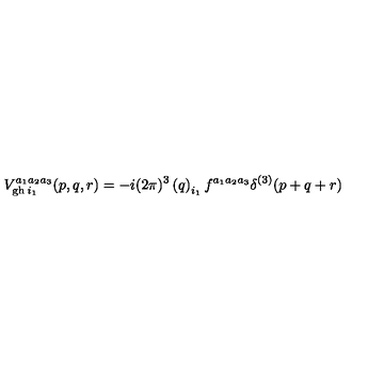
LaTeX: V _ { \mathrm { g h \thinspace } i _ { 1 } } ^ { a _ { 1 } a _ { 2 } a _ { 3 } } ( p , q , r ) = - i ( 2 \pi ) ^ { 3 } \left( q \right) _ { i _ { 1 } } f ^ { a _ { 1 } a _ { 2 } a _ { 3 } } \delta ^ { ( 3 ) } ( p + q + r )